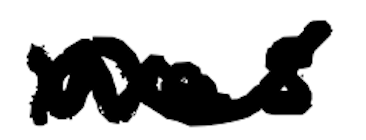
Text: was
Cross-out: wave
Writing tool: digital_black